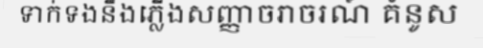
ទាក់ទងនឹងភ្លើងសញ្ញាចរាចរណ៍ គំនូស